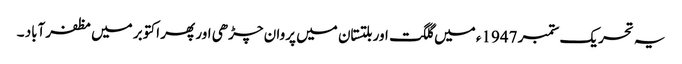
یہ تحریک ستمبر 1947ء میں گلگت اور بلتستان میں پروان چڑھی اور پھر اکتوبر میں مظفرآباد ۔